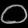
Digit: ၀